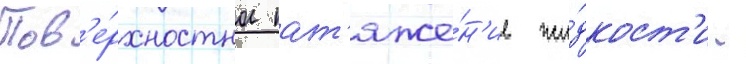
Пов'е́рхностное нат'яже́н'ие жи́дкост'и -